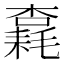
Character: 𱤠